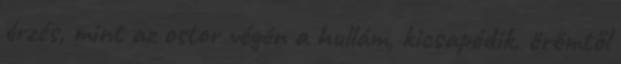
érzés, mint az ostor végén a hullám, kicsapódik, örömtől